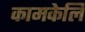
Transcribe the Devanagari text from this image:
कामकेलि